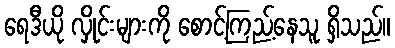
ရေဒီယို လှိုင်းများကို စောင့်ကြည့်နေသူ ရှိသည်။